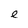
Character: e